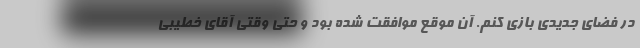
در فضای جدیدی بازی کنم. آن موقع موافقت شده بود و حتی وقتی آقای خطیبی